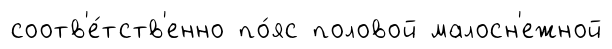
соотв'е́тств'енно по́яс половой малосн'ежной